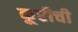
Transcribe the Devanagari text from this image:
कूरीची